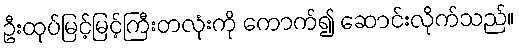
ဦးထုပ်မြင့်မြင့်ကြီးတလုံးကို ကောက်၍ ဆောင်းလိုက်သည်။